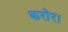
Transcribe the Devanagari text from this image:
करोर।